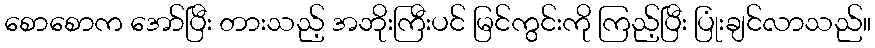
စောစောက အော်ပြီး တားသည့် အဘိုးကြီးပင် မြင်ကွင်းကို ကြည့်ပြီး ပြုံးချင်လာသည်။